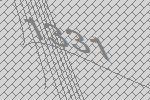
1331